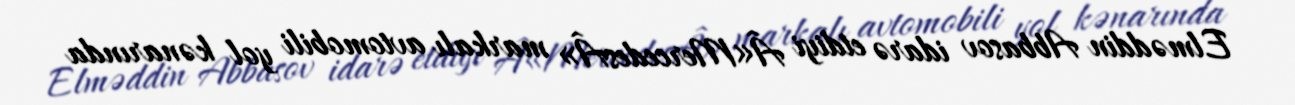
Elməddin Abbasov idarə etdiyi Â«MercedesÂ» markalı avtomobili yol kənarında